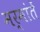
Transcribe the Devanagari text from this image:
मर्मांतें